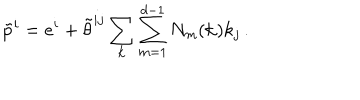
\tilde { p } ^ { i } = e ^ { i } + \tilde { \theta } ^ { i j } \sum _ { \bf k } \sum _ { m = 1 } ^ { d - 1 } N _ { m } ( { \bf k } ) k _ { j } \, .